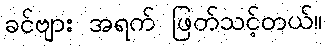
ခင်ဗျား အရက် ဖြတ်သင့်တယ်။